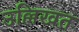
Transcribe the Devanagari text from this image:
उल्लिखत